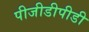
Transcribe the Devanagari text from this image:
पीजीडीपीडी